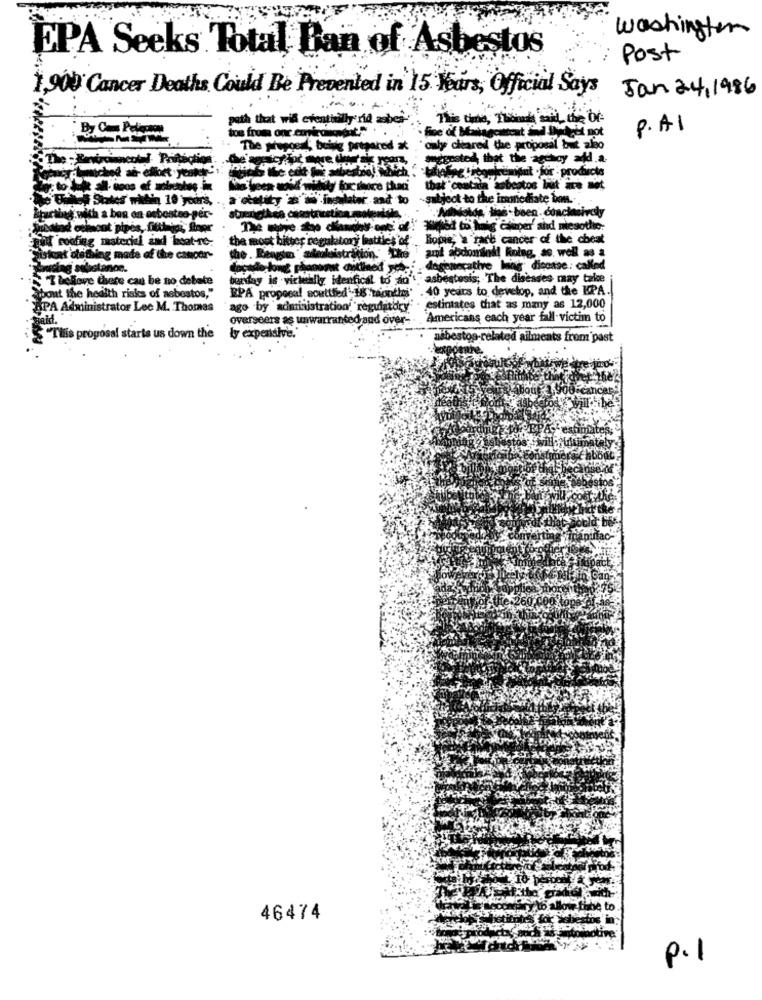
washington
EPA Seeks Total Ban of Asbestos
Post
1,900 Cancer Deaths Could Be Prevented in 15 Hours, Official Says
Jan 24, 1986
path that will eventually rid ashes-
This time, Though said the be-
tom from one contro
P.A1
at
The proppen, being prepared at
only cleared the proposal but also
The -En
seggested that the agchoy afd.a.
tumiched ab- effort jeoter !!!
---
that coatza abertos but i met
tales Sales wohin 10 yours, ., a otstity as w ingalater and to
-subject to the immediate bon ...
fotos ties. bien. conclasivedly
chinag. with a ban on osbosteo-per-
ad cslmsont pipes, fittirici, Boer
pull costing material and boat-re
bitter regulatory inatties of
Hiopie, a rach cancer of the cheat
the most bitter
istration " The 'amot abdomindi Roing, as well as a
Sistunt olething mate of the cancer-
rising selistanon.
. dagenecative lung disease : called
T &chove there can be no debate
berkay is virtually identical to an't asbestosis; The diseases may take
EPA proposal souttled'18 months' . 40 years to develop, and the EPA.
"bout the health risks of sebostos,"
APA Administrator Lee M. Thomas
ago by administration' regulatory
estintates that as many as 12,000
overseers as unwarranted and over-
'Americans each year fall victim to
ly expensive."
Tilis proposal starts us down the
asbestos-related ailments from past
46474
p.1